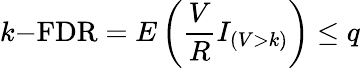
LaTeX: k{\mathrm{-FDR}}=E\left({\frac{V}{R}}I_{(V>k)}\right)\leq q